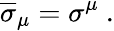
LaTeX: {\overline{{\sigma}}}_{\mu}=\sigma^{\mu}~.